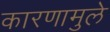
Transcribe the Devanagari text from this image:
कारणामुले